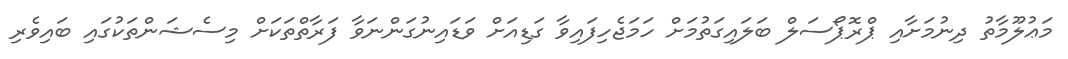
މަޢުލޫމާތު ދިނުމަށާއި ޕްރޮޕޯސަލް ބަލައިގަތުމަށް ހަމަޖެހިފައިވާ ގަޑިއަށް ވަޑައިނުގަންނަވާ ފަރާތްތަކަށް މިސެޝަންތަކުގައި ބައިވެރި